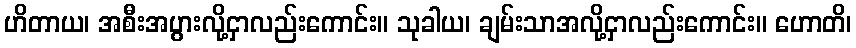
ဟိတာယ၊ အစီးအပွားလို့ငှာလည်းကောင်း။ သုခါယ၊ ချမ်းသာအလို့ငှာလည်းကောင်း။ ဟောတိ၊